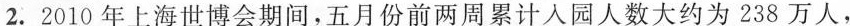
2.2010年上海世博会期间，五月份前两周累计人园人数大约为238万人，